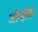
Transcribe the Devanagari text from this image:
जीव्हीके